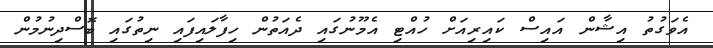
އެވަގުތު އިޝާން އައިސް ކައިރިއަށް ހުއްޓި އެމޫނުގައި ދެއަތުން ހިފާލައިފައި ނިތުގައި ބޮސްދިނުމުން